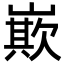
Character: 㠌